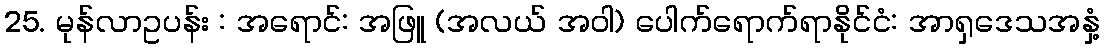
25. မုန်လာဥပန်း : အရောင်: အဖြူ (အလယ် အဝါ) ပေါက်ရောက်ရာနိုင်ငံ: အာရှဒေသအနှံ့